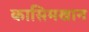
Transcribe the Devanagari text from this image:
कासिमखान